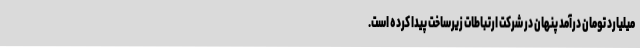
میلیارد تومان درآمد پنهان در شرکت ارتباطات زیرساخت پیدا کرده‌ است.